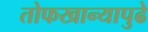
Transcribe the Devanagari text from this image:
तोफखान्यापुढे